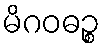
မိဂဝဓဉ္စ